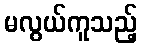
မလွယ်ကူသည့်